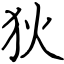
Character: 狄